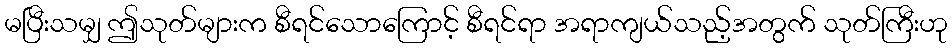
မပြီးသမျှ ဤသုတ်များက စီရင်သောကြောင့် စီရင်ရာ အရာကျယ်သည့်အတွက် သုတ်ကြီးဟု